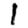
Digit: 1